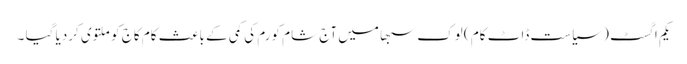
یکم اگسٹ ( سیاست ڈاٹ کام ) لوک سبھا میں آج شام کورم کی کمی کے باعث کام کاج کو ملتوی کردیا گیا ۔